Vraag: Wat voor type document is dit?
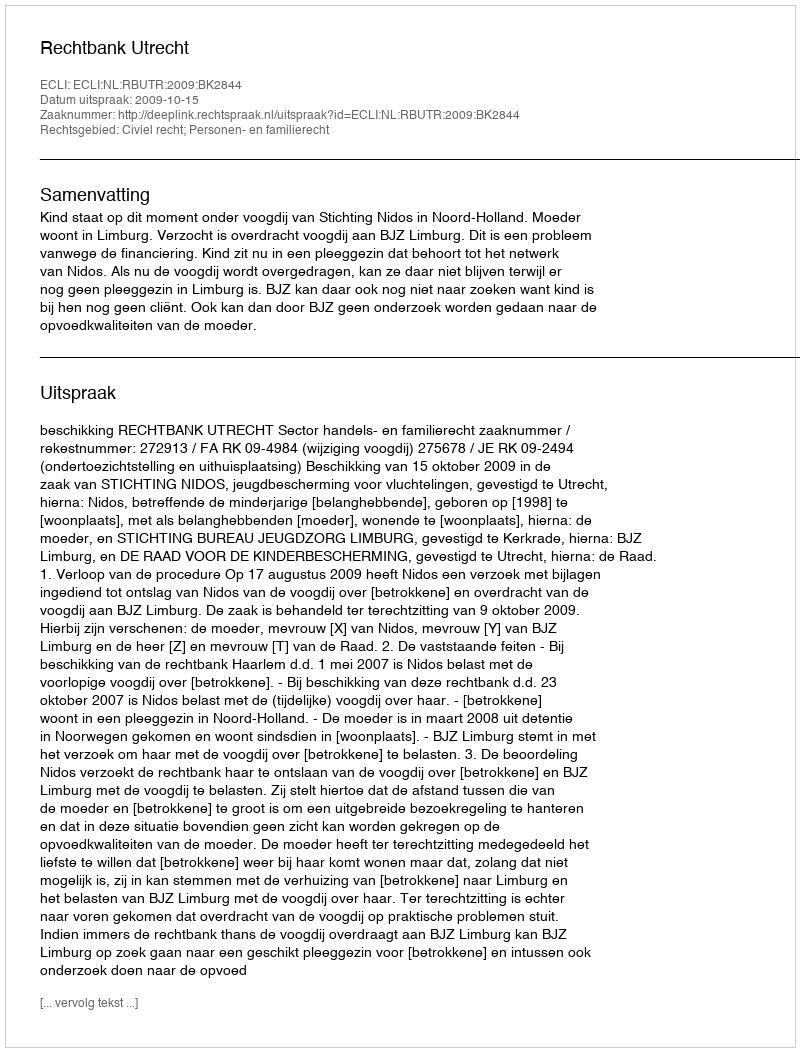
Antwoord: Uitspraak